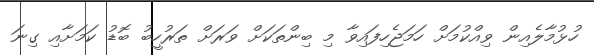
ހުޅުމާލެއިން ވިއްކުމަށް ހަމަޖެހިފައިވާ މި ބިންތަކަށް ވަރަށް ތަރުހީބު ބޮޑު ކަމަށާއި ގިނަ